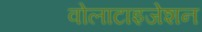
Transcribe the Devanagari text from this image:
वोलाटाइजेशन